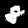
Digit: 8